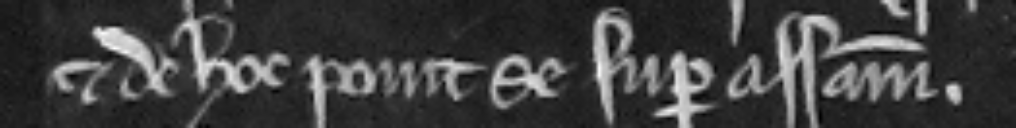
et de hoc ponit se super assisam.